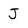
Character: J